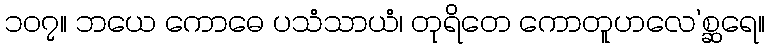
၁၀၇။ ဘယေ ကောဓေ ပသံသာယံ၊ တုရိတေ ကောတူဟလေ’စ္ဆရေ။